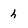
Character: h